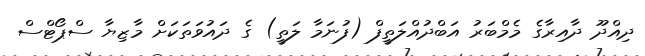
ދިއްދޫ ދާއިރާގެ މެމްބަރު އަބްދުއްލަތީފް (ފުނަމާ ލަތީ) ގެ ދައުވަތަކަށް މާޒިޔާ ސްޕޯޓްސް